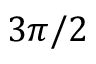
3 \pi / 2